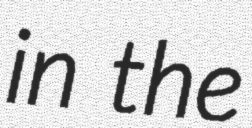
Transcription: in the